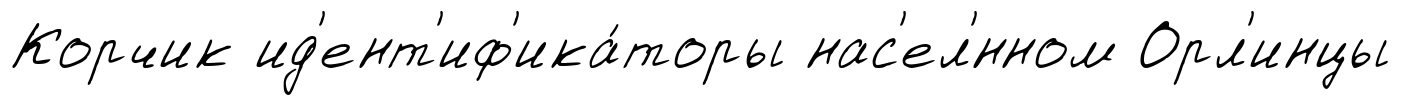
Корчик ид'ент'иф'ика́торы нас'ел'́нном Орл'инцы